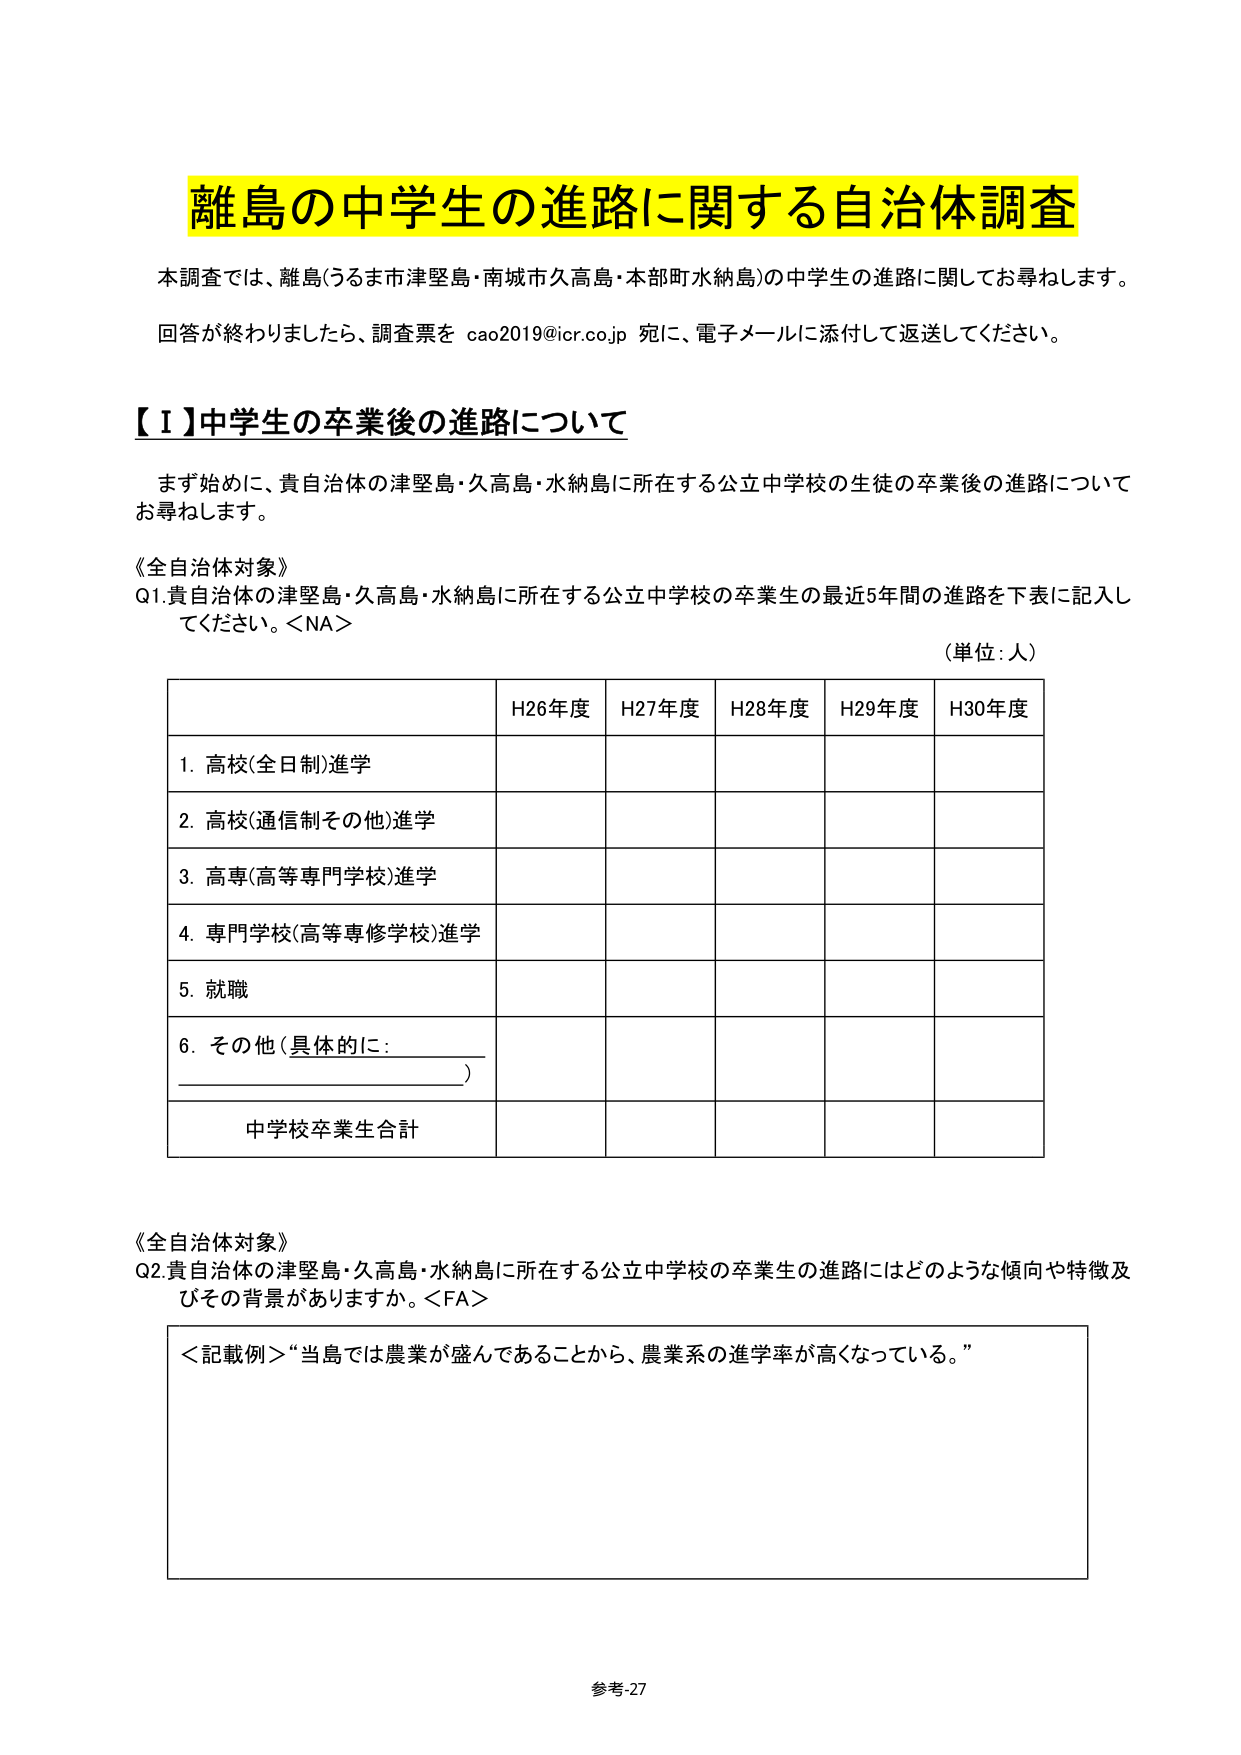
離島の中学生の進路に関する自治体調査

本調査では、離島(うるま市津堅島・南城市久高島・本部町水納島)の中学生の進路に関してお尋ねします。

回答が終わりましたら、調査票を cao2019@icr.co.jp 宛に、電子メールに添付して返送してください。

【Ⅰ】中学生の卒業後の進路について

まず始めに、貴自治体の津堅島・久高島・水納島に所在する公立中学校の生徒の卒業後の進路についてお尋ねします。

《全自治体対象》
Q1.貴自治体の津堅島・久高島・水納島に所在する公立中学校の卒業生の最近5年間の進路を下表に記入してください。<NA>

(単位:人)

H26年度 H27年度 H28年度 H29年度 H30年度
1. 高校(全日制)進学
2. 高校(通信制その他)進学
3. 高専(高等専門学校)進学
4. 専門学校(高等専修学校)進学
5. 就職
6. その他(具体的に: __________)
中学校卒業生合計

《全自治体対象》
Q2.貴自治体の津堅島・久高島・水納島に所在する公立中学校の卒業生の進路にはどのような傾向や特徴及びその背景がありますか。<FA>

＜記載例＞“当島では農業が盛んであることから、農業系の進学率が高くなっている。”

参考-27